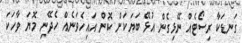
ގަނޑަކާ ރިސޯޓެއް ނޭޅިގެން އުޅޭ ބަޔަކަށް ކޮން އައިހެވަނެއް ހެދޭނި މޮޔަ ވާހަކަ